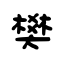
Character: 樊